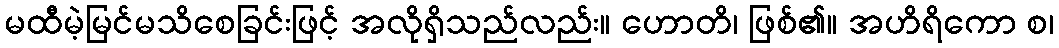
မထီမဲ့မြင်မသိစေခြင်းဖြင့် အလိုရှိသည်လည်း။ ဟောတိ၊ ဖြစ်၏။ အဟိရိကော စ၊